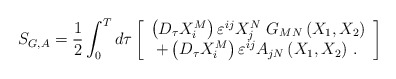
\begin{align*}S_{G,A}=\frac 12\int_0^Td\tau \left[ \begin{array}{c}\left( D_\tau X_i^M\right) \varepsilon ^{ij}X_j^N\,\,G_{MN}\left(X_1,X_2\right) \\ +\left( D_\tau X_i^M\right) \varepsilon ^{ij}A_{jN}\left( X_1,X_2\right)\,.\,\end{array}\right] \end{align*}